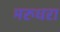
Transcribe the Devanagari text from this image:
मरुधरा